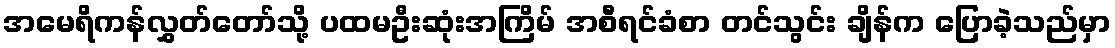
အမေရိကန်လွှတ်တော်သို့ ပထမဦးဆုံးအကြိမ် အစီရင်ခံစာ တင်သွင်း ချိန်က ပြောခဲ့သည်မှာ